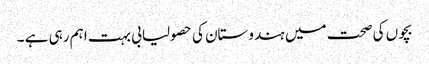
بچوں کی صحت میں ہندوستان کی حصولیابی بہت اہم رہی ہے ۔